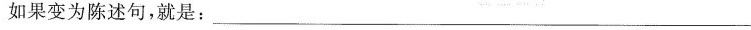
如果变为陈述句，就是：___